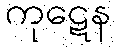
ကုဋေန